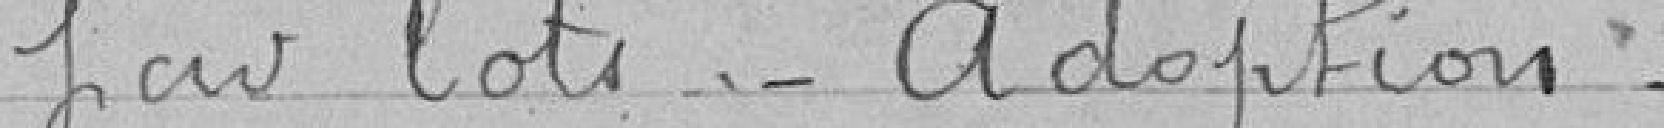
par lots_ Adoption